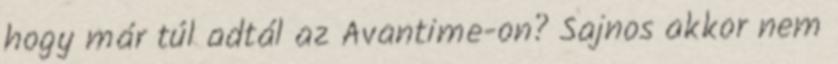
hogy már túl adtál az Avantime-on? Sajnos akkor nem